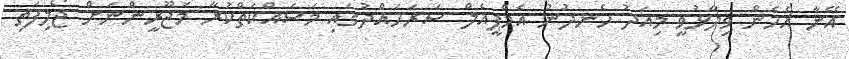
އޭނާ އެހެން ވިދާޅުވީ މިއަދު ހެނދުނު އެމްޕީއެލް ސަރަހައްދުގައި މަސައްކަތްކުރާ މަޖޫރީންނަށް ޖޯލިފަތި